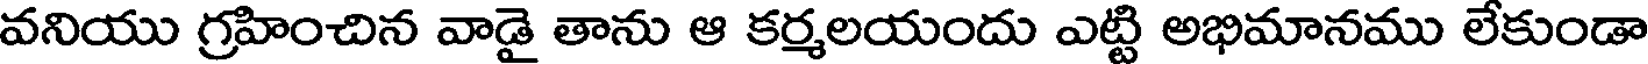
వనియు గ్రహించిన వాడై తాను ఆ కర్మలయందు ఎట్టి అభిమానము లేకుండా